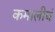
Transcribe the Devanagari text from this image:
कमालीचं